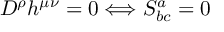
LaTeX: D ^ { \rho } h ^ { \mu \nu } = 0 \Longleftrightarrow S _ { b c } ^ { a } = 0